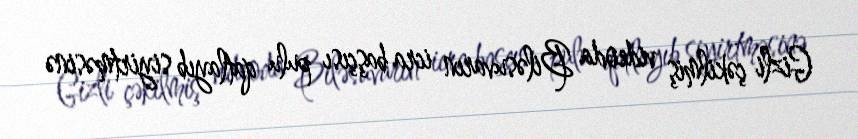
Gizli çəkilmiş videoda Biləsuvarın icra başçısı pulu qatlayıb siyirtməsinə